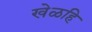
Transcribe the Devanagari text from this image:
खेळहि